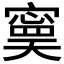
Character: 𡫃